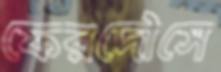
ফেরদৌসে